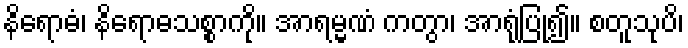
နိရောဓံ၊ နိရောဓသစ္စာကို။ အာရမ္မဏံ ကတွာ၊ အာရုံပြု၍။ စတူသုပိ၊